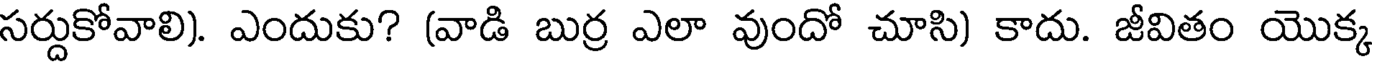
సర్దుకోవాలి). ఎందుకు? (వాడి బుర్ర ఎలా వుందో చూసి) కాదు. జీవితం యొక్క